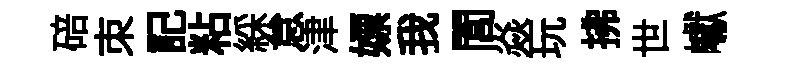
碚朿記粘綵怠津嫖我閭焱玩拂世巘